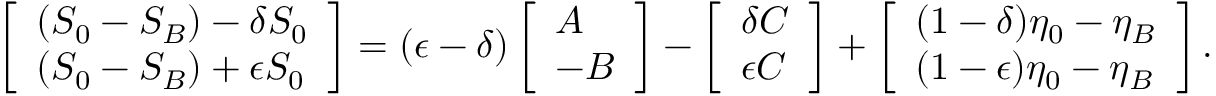
\left[ \begin{array} { l } { ( S _ { 0 } - S _ { B } ) - \delta S _ { 0 } } \\ { ( S _ { 0 } - S _ { B } ) + \epsilon S _ { 0 } } \end{array} \right] = ( \epsilon - \delta ) \left[ \begin{array} { l } { A } \\ { - B } \end{array} \right] - \left[ \begin{array} { l } { \delta C } \\ { \epsilon C } \end{array} \right] + \left[ \begin{array} { l } { ( 1 - \delta ) \eta _ { 0 } - \eta _ { B } } \\ { ( 1 - \epsilon ) \eta _ { 0 } - \eta _ { B } } \end{array} \right] .